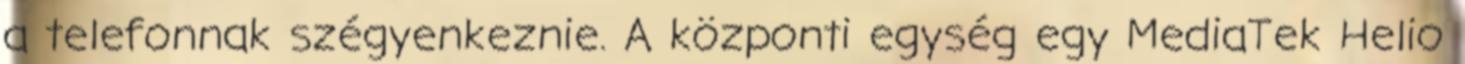
a telefonnak szégyenkeznie. A központi egység egy MediaTek Helio